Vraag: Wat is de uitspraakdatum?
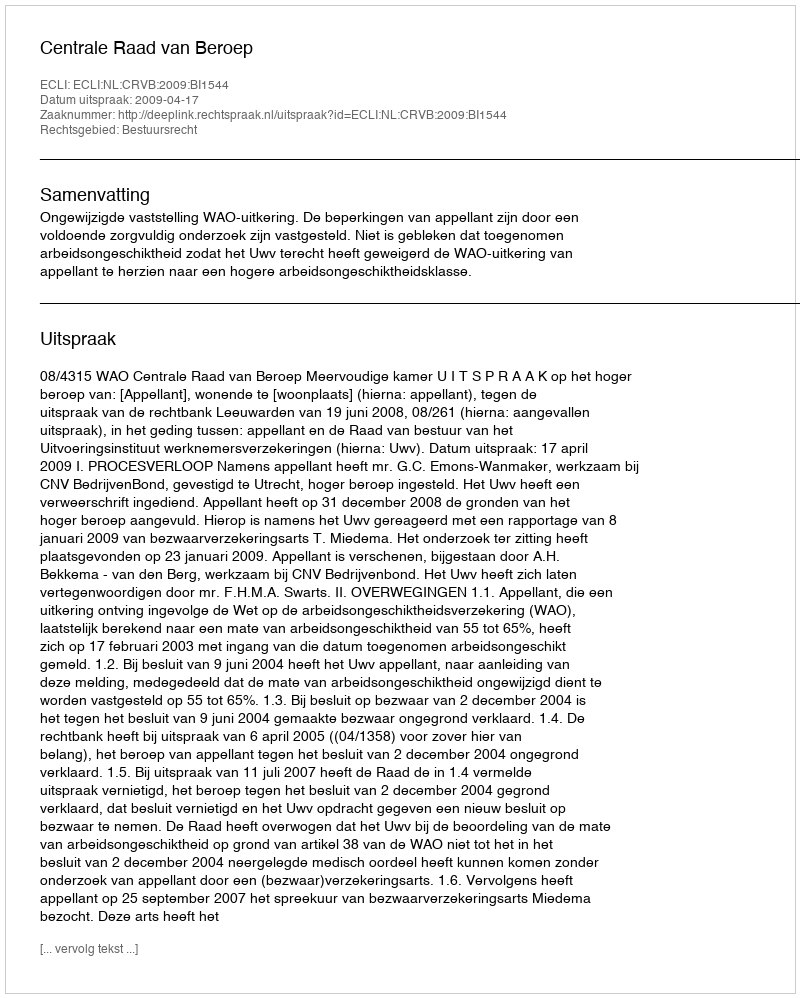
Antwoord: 2009-04-17